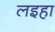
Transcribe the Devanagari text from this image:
लइहा